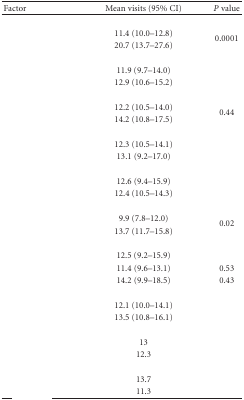
<table><thead><tr><td><b>Factor</b></td><td><b>Mean visits (95% CI)</b></td><td><b><i>P</i> value</b></td></tr></thead><tbody><tr><td>[EMPTY_CELL]</td><td>[EMPTY_CELL]</td><td>[EMPTY_CELL]</td></tr><tr><td>[EMPTY_CELL]</td><td>11.4 (10.0–12.8)</td><td rowspan="2">0.0001</td></tr><tr><td>[EMPTY_CELL]</td><td>20.7 (13.7–27.6)</td></tr><tr><td>[EMPTY_CELL]</td><td>[EMPTY_CELL]</td><td>[EMPTY_CELL]</td></tr><tr><td>[EMPTY_CELL]</td><td>11.9 (9.7–14.0)</td><td rowspan="2">[EMPTY_CELL]</td></tr><tr><td>[EMPTY_CELL]</td><td>12.9 (10.6–15.2)</td></tr><tr><td>[EMPTY_CELL]</td><td>[EMPTY_CELL]</td><td>[EMPTY_CELL]</td></tr><tr><td>[EMPTY_CELL]</td><td>12.2 (10.5–14.0)</td><td rowspan="2">0.44</td></tr><tr><td>[EMPTY_CELL]</td><td>14.2 (10.8–17.5)</td></tr><tr><td>[EMPTY_CELL]</td><td>[EMPTY_CELL]</td><td>[EMPTY_CELL]</td></tr><tr><td>[EMPTY_CELL]</td><td>12.3 (10.5–14.1)</td><td rowspan="2">[EMPTY_CELL]</td></tr><tr><td>[EMPTY_CELL]</td><td>13.1 (9.2–17.0)</td></tr><tr><td>[EMPTY_CELL]</td><td>[EMPTY_CELL]</td><td>[EMPTY_CELL]</td></tr><tr><td>[EMPTY_CELL]</td><td>12.6 (9.4–15.9)</td><td rowspan="2">[EMPTY_CELL]</td></tr><tr><td>[EMPTY_CELL]</td><td>12.4 (10.5–14.3)</td></tr><tr><td>[EMPTY_CELL]</td><td>[EMPTY_CELL]</td><td>[EMPTY_CELL]</td></tr><tr><td>[EMPTY_CELL]</td><td>9.9 (7.8–12.0)</td><td rowspan="2">0.02</td></tr><tr><td>[EMPTY_CELL]</td><td>13.7 (11.7–15.8)</td></tr><tr><td>[EMPTY_CELL]</td><td>[EMPTY_CELL]</td><td>[EMPTY_CELL]</td></tr><tr><td>[EMPTY_CELL]</td><td>12.5 (9.2–15.9)</td><td>[EMPTY_CELL]</td></tr><tr><td>[EMPTY_CELL]</td><td>11.4 (9.6–13.1)</td><td>0.53</td></tr><tr><td>[EMPTY_CELL]</td><td>14.2 (9.9–18.5)</td><td>0.43</td></tr><tr><td>[EMPTY_CELL]</td><td>[EMPTY_CELL]</td><td>[EMPTY_CELL]</td></tr><tr><td>[EMPTY_CELL]</td><td>12.1 (10.0–14.1)</td><td rowspan="2">[EMPTY_CELL]</td></tr><tr><td>[EMPTY_CELL]</td><td>13.5 (10.8–16.1)</td></tr><tr><td>[EMPTY_CELL]</td><td>[EMPTY_CELL]</td><td>[EMPTY_CELL]</td></tr><tr><td>[EMPTY_CELL]</td><td>13</td><td rowspan="2">[EMPTY_CELL]</td></tr><tr><td>[EMPTY_CELL]</td><td>12.3</td></tr><tr><td>[EMPTY_CELL]</td><td>[EMPTY_CELL]</td><td>[EMPTY_CELL]</td></tr><tr><td>[EMPTY_CELL]</td><td>13.7</td><td rowspan="2">[EMPTY_CELL]</td></tr><tr><td>[EMPTY_CELL]</td><td>11.3</td></tr></tbody></table>